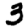
Digit: 3